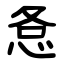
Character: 㤩